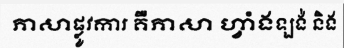
ភាសាផ្លូវការ គឺភាសា ហ្វាំងឡង់ និង